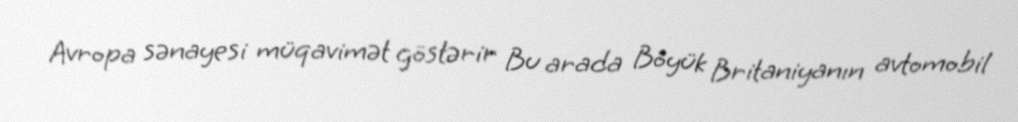
Avropa sənayesi müqavimət göstərir Bu arada Böyük Britaniyanın avtomobil